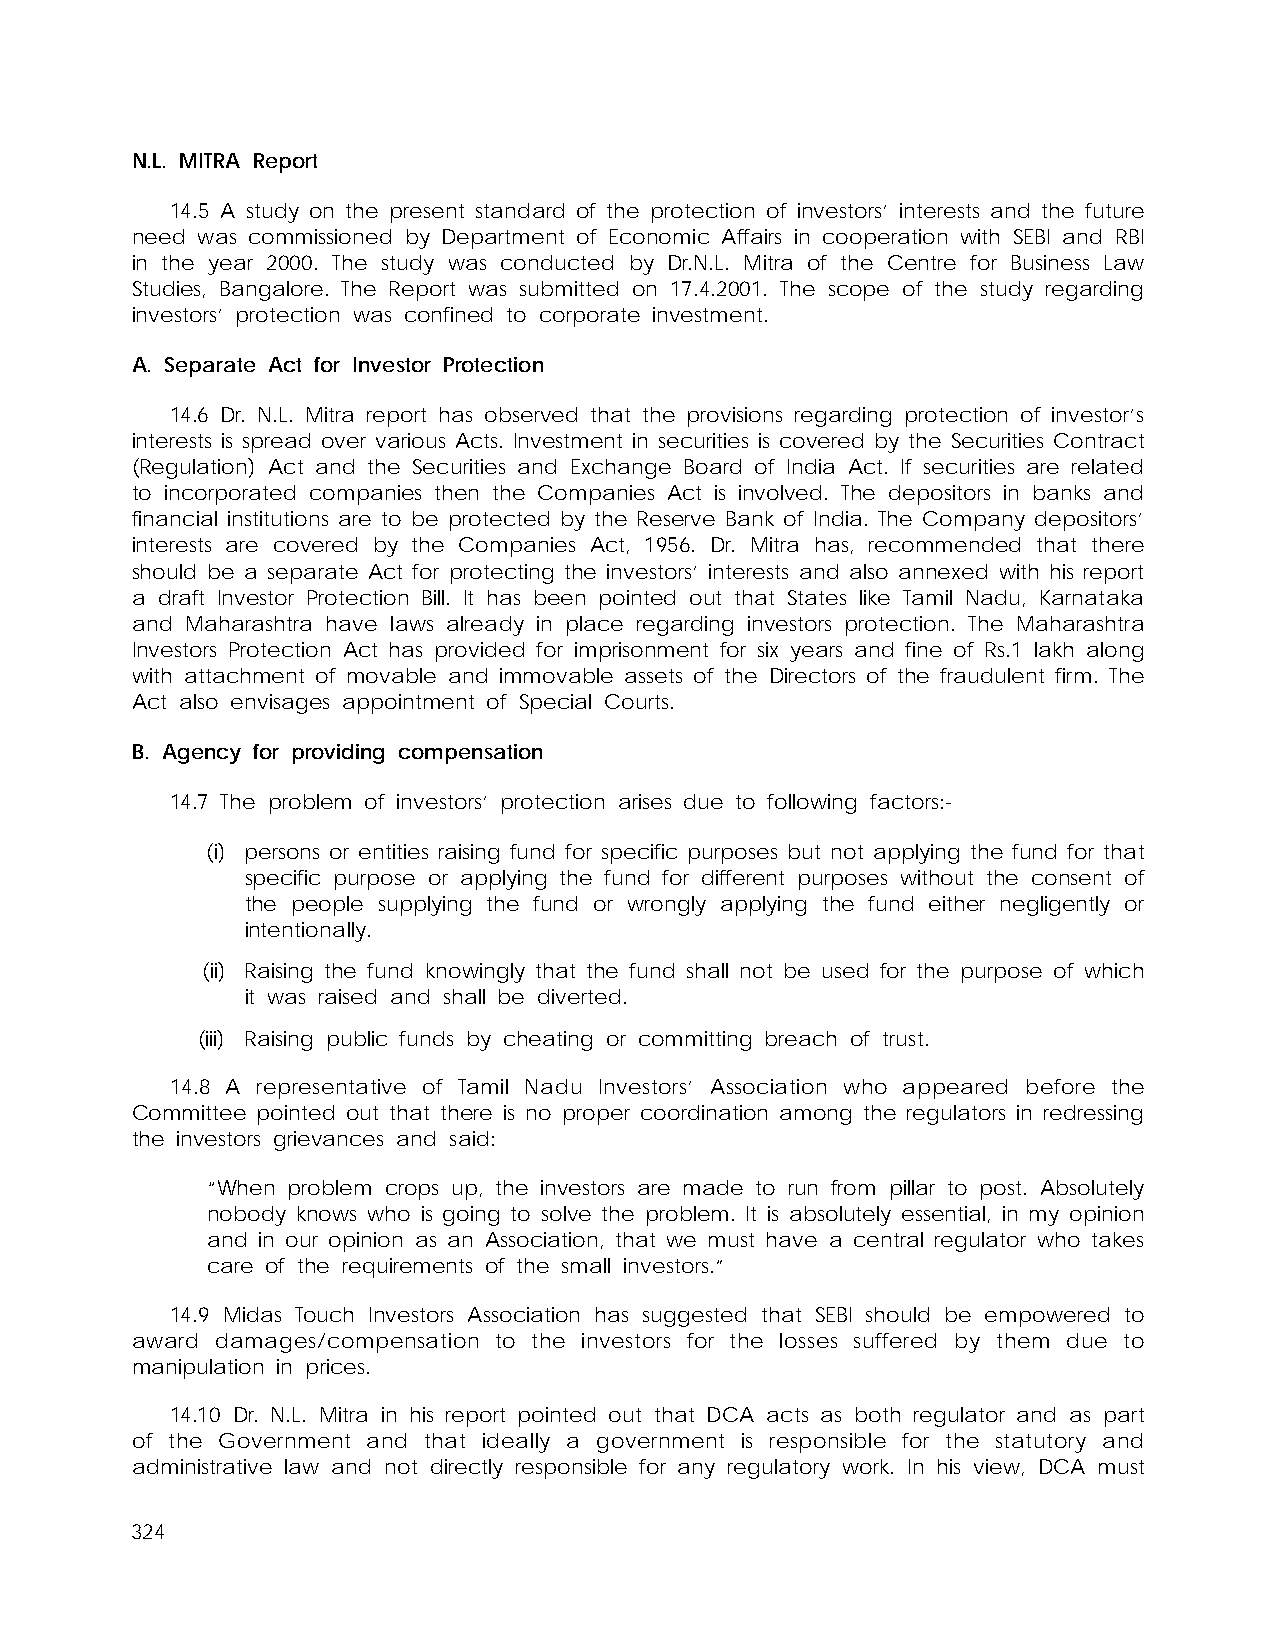
N.L. MITRA Report
 14.5 A study on the present standard of the protection of investors’ interests and the future
 need was commissioned by Department of Economic Affairs in cooperation with SEBI and RBI
 in the year 2000. The study was conducted by Dr.N.L. Mitra of the Centre for Business Law
 Studies, Bangalore. The Report was submitted on 17.4.2001. The scope of the study regarding
 investors’ protection was confined to corporate investment.
 A. Separate Act for Investor Protection
 14.6 Dr. N.L. Mitra report has observed that the provisions regarding protection of investor’s
 interests is spread over various Acts. Investment in securities is covered by the Securities Contract
 (Regulation) Act and the Securities and Exchange Board of India Act. If securities are related
 to incorporated companies then the Companies Act is involved. The depositors in banks and
 financial institutions are to be protected by the Reserve Bank of India. The Company depositors’
 interests are covered by the Companies Act, 1956. Dr. Mitra has, recommended that there
 should be a separate Act for protecting the investors’ interests and also annexed with his report
 a draft Investor Protection Bill. It has been pointed out that States like Tamil Nadu, Karnataka
 and Maharashtra have laws already in place regarding investors protection. The Maharashtra
 Investors Protection Act has provided for imprisonment for six years and fine of Rs.1 lakh along
 with attachment of movable and immovable assets of the Directors of the fraudulent firm. The
 Act also envisages appointment of Special Courts.
 B. Agency for providing compensation
 14.7 The problem of investors’ protection arises due to following factors:-
 (i) persons or entities raising fund for specific purposes but not applying the fund for that
 specific purpose or applying the fund for different purposes without the consent of
 the people supplying the fund or wrongly applying the fund either negligently or
 intentionally.
 (ii) Raising the fund knowingly that the fund shall not be used for the purpose of which
 it was raised and shall be diverted.
 (iii) Raising public funds by cheating or committing breach of trust.
 14.8 A representative of Tamil Nadu Investors’ Association who appeared before the
 Committee pointed out that there is no proper coordination among the regulators in redressing
 the investors grievances and said:
 “When problem crops up, the investors are made to run from pillar to post. Absolutely
 nobody knows who is going to solve the problem. It is absolutely essential, in my opinion
 and in our opinion as an Association, that we must have a central regulator who takes
 care of the requirements of the small investors.”
 14.9 Midas Touch Investors Association has suggested that SEBI should be empowered to
 award damages/compensation to the investors for the losses suffered by them due to
 manipulation in prices.
 14.10 Dr. N.L. Mitra in his report pointed out that DCA acts as both regulator and as part
 of the Government and that ideally a government is responsible for the statutory and
 administrative law and not directly responsible for any regulatory work. In his view, DCA must
 324